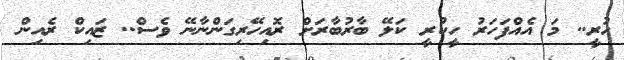
ހުރީ.. މަ އެއްފަހަރު ހީކުރީ ކަލޭ ބާރުބާރަށް ރޮއިހޭރިގަންނާނޭ ވެސް.. ޒައިކް ރެއިން